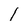
Character: l